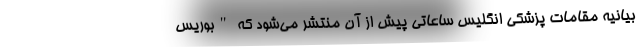
بیانیه مقامات پزشکی انگلیس ساعاتی پیش از آن منتشر می‌شود که "بوریس